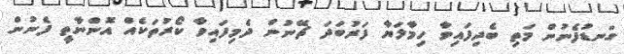
ގަނޑުފެނުން މަތި ބެދިފައިވާ ހިމާލަޔާ ފަރުބަދަ ޗޭނުން ދެމިފައިވާ ކޯރުތަކެއް އޮންނާތީ ފެނުން